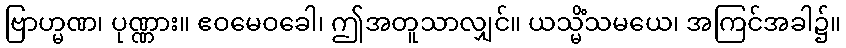
ဗြာဟ္မဏ၊ ပုဏ္ဏား။ ဧဝမေဝခေါ၊ ဤအတူသာလျှင်။ ယသ္မိံသမယေ၊ အကြင်အခါ၌။